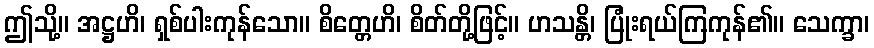
ဤသို့။ အဋ္ဌဟိ၊ ရှစ်ပါးကုန်သော။ စိတ္တေဟိ၊ စိတ်တို့ဖြင့်။ ဟသန္တိ၊ ပြုံးရယ်ကြကုန်၏။ သေက္ခာ၊